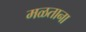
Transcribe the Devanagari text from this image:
मळताना